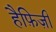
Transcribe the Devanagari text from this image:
हैफ़िज़ी